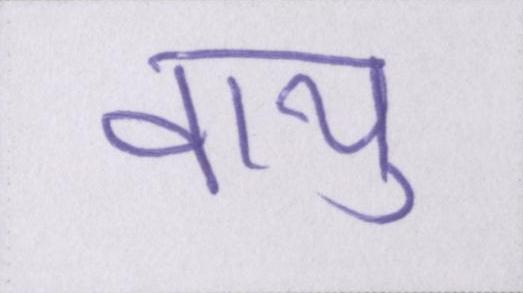
वायु